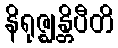
နိရုဇ္ဈန္တိပီတိ